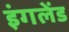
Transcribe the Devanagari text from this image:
इंगलेंड